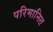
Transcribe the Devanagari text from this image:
परिमानित